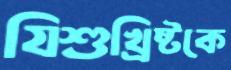
যিশুখ্রিষ্টকে